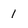
Character: 1